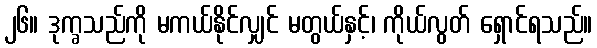
၂၆။ ဒုက္ခသည်ကို မကယ်နိုင်လျှင် မတွယ်နှင့်၊ ကိုယ်လွတ် ရှောင်ရသည်။